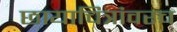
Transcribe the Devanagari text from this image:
छायाचित्रांवरच